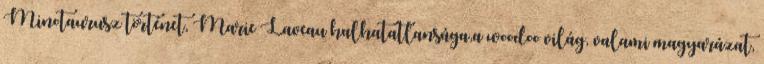
Minotaurusz történet, Marie Laveau halhatatlansága,a woodoo világ, valami magyarázat,